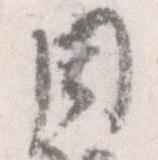
周